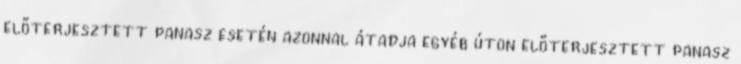
előterjesztett panasz esetén azonnal átadja egyéb úton előterjesztett panasz